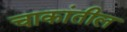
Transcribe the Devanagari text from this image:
चाकांतील